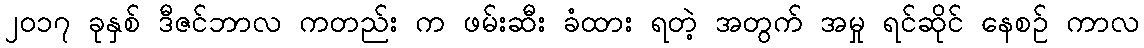
၂၀၁၇ ခုနှစ် ဒီဇင်ဘာလ ကတည်း က ဖမ်းဆီး ခံထား ရတဲ့ အတွက် အမှု ရင်ဆိုင် နေစဉ် ကာလ